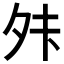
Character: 𫝣